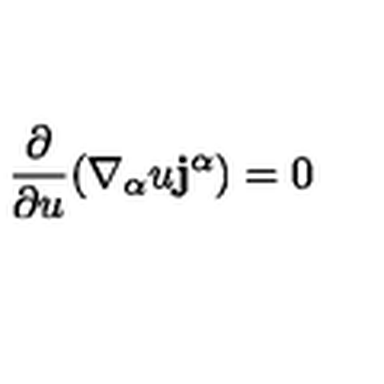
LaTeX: \frac { \partial } { \partial u } ( \nabla _ { \alpha } u { \bf j ^ { \alpha } } ) = 0